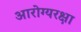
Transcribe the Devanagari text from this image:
आरोग्यरक्षा